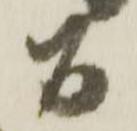
間